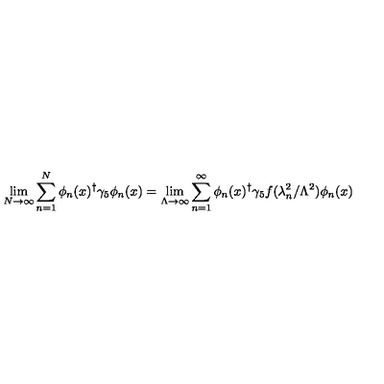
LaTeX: \lim _ { N { \rightarrow } \infty } \sum _ { n = 1 } ^ { N } \phi _ { n } ( x ) ^ { \dag } \gamma _ { 5 } \phi _ { n } ( x ) = \lim _ { \Lambda \rightarrow \infty } \sum _ { n = 1 } ^ { \infty } \phi _ { n } ( x ) ^ { \dag } \gamma _ { 5 } f ( \lambda _ { n } ^ { 2 } / \Lambda ^ { 2 } ) \phi _ { n } ( x )